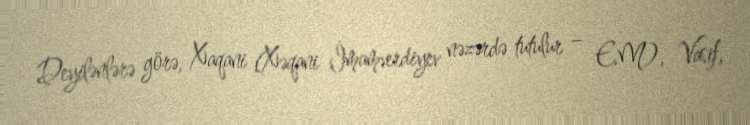
Deyilənlərə görə, Xaqani (Xəqani İmamverdiyev nəzərdə tutulur – E.M), Vasif,